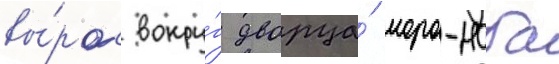
вы́рос вокру́г дворца́ моро-наба